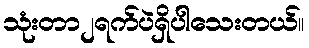
သုံးတာ၂ရက်ပဲရှိပါသေးတယ်။